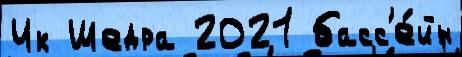
Ик Шедра 2021 басс'е́йн